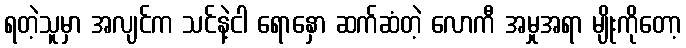
ရတဲ့သူမှာ အလျင်က သင်နဲ့ငါ ရောနှော ဆက်ဆံတဲ့ လောကီ အမှုအရာ မျိုးကိုတော့